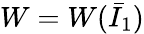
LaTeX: W=W({\bar{I}}_{1})